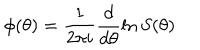
\phi ( \theta ) = \frac { 1 } { 2 \pi i } \frac { d } { d \theta } \ln S ( \theta )